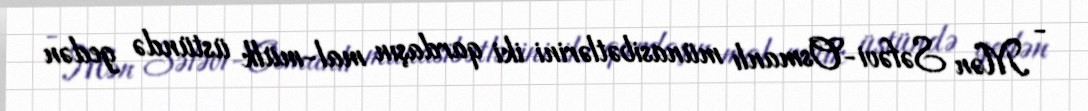
- Mən Səfəvi-Osmanlı münasibətlərini iki qardaşın mal-mülk üstündə gedən